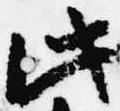
此